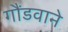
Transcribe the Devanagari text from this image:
गौंडवाने